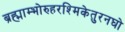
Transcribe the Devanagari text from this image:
ब्रह्माम्भोरुहरश्मिकेतुरनघो